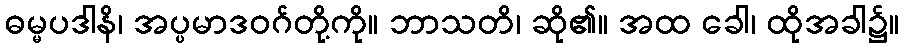
ဓမ္မပဒါနိ၊ အပ္ပမာဒဝဂ်တို့ကို။ ဘာသတိ၊ ဆို၏။ အထ ခေါ၊ ထိုအခါ၌။